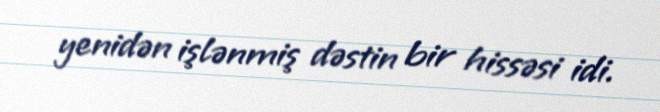
yenidən işlənmiş dəstin bir hissəsi idi.